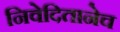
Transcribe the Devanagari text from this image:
निवेदितानेच